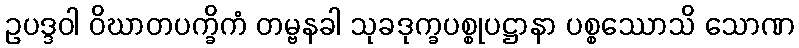
ဥပဒ္ဒဝါ ဝိဃာတပက္ခိကံ တမ္ဗနခါ သုခဒုက္ခပစ္စုပဋ္ဌာနာ ပစ္စဿောသိ သောဏ